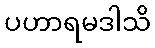
ပဟာရမဒါသိ